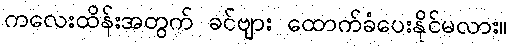
ကလေးထိန်းအတွက် ခင်ဗျား ထောက်ခံပေးနိုင်မလား။